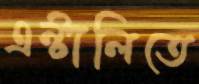
এন্টালিতে